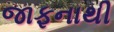
જાફનાથી